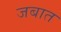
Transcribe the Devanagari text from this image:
जबात